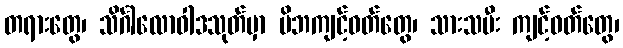
တရားတွေ၊ သိင်္ဂါလောဝါဒသုတ်မှာ မိဘကျင့်ဝတ်တွေ၊ သားသမီး ကျင့်ဝတ်တွေ၊